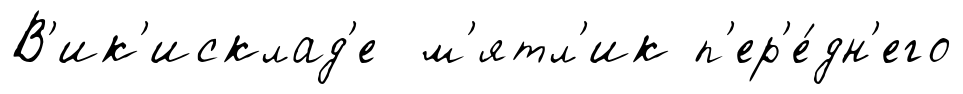
В'ик'исклад'е м'ятл'ик п'ер'е́дн'его